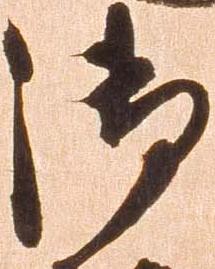
御